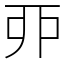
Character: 丣